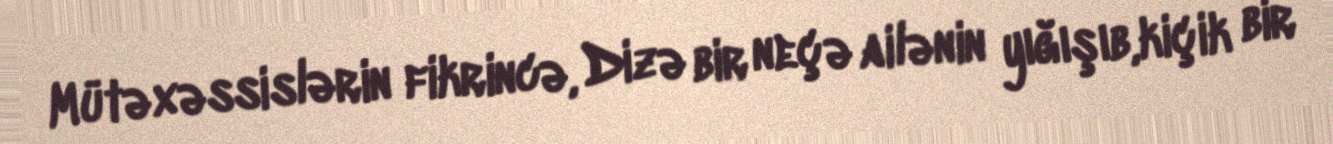
Mütəxəssislərin fikrincə, Dizə bir neçə ailənin yığışıb,kiçik bir